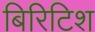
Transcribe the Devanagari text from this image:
बिरिटिश